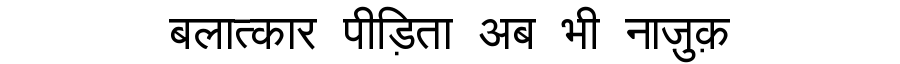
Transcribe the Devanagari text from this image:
बलात्कार पीड़िता अब भी नाज़ुक़